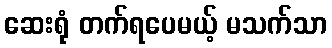
ဆေးရုံ တက်ရပေမယ့် မသက်သာ